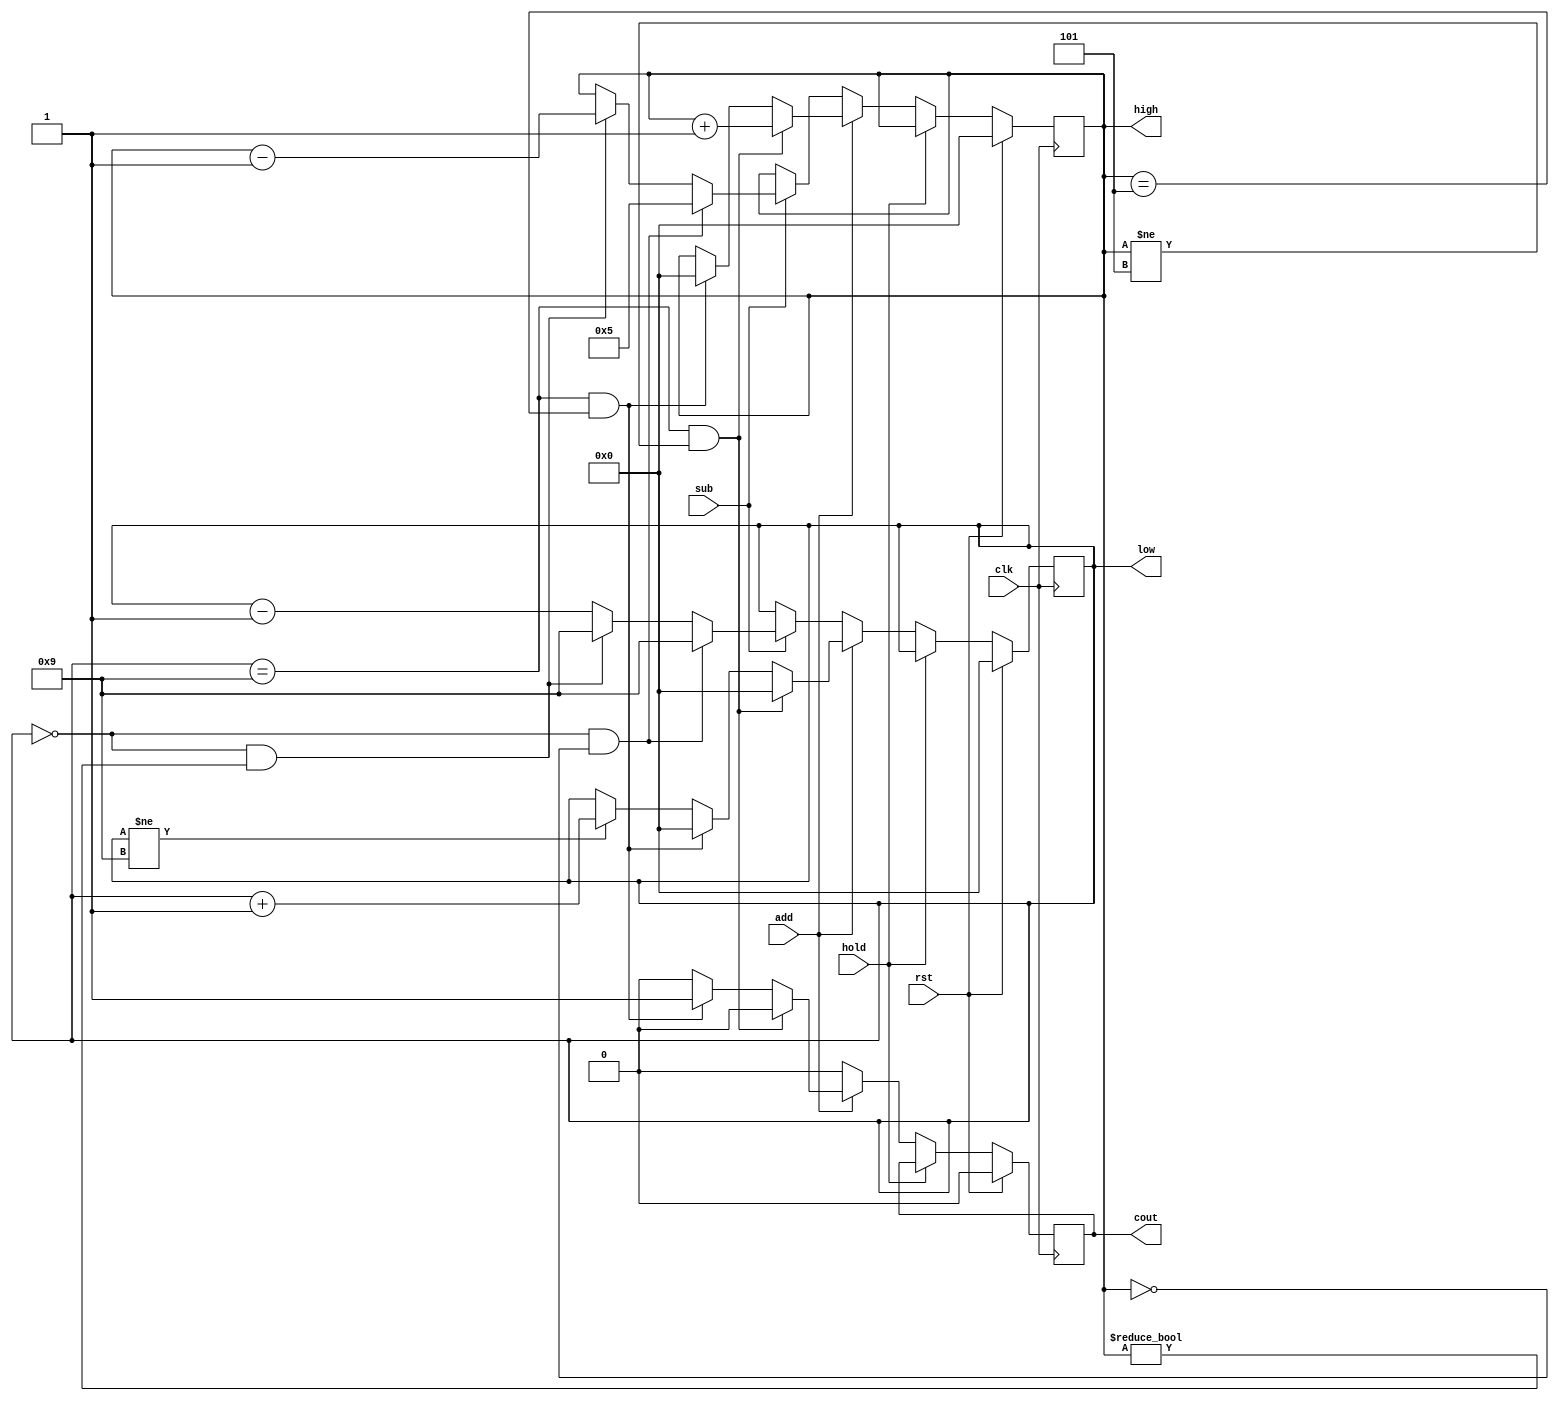
module register60_decimal(
    input clk,
    input add,
    input sub,
    input rst,
    input hold,
    output reg [3:0] low, high,
    output reg cout
);
    initial begin
        low = 0;
        high = 0;
        cout = 0;
    end

    always @(posedge clk) begin
        if (rst) begin
            high <= 0;
            low <= 0;
            cout <= 0;
        end else if (hold) begin
            high <= high;
            low <= low;
            cout <= cout;
        end else begin
        if (add) begin
            if (low == 4'd9 && high != 4'd5) begin
                high <= high + 1;
                low <= 0;
                cout <= 0;
            end else if (low == 4'd9 && high == 4'd5) begin
                high <= 0;
                low <= 0;
                cout <= 1;
            end else if (low != 4'd9) begin
                low <= low + 1;
                high <= high;
                cout <= 0;
            end else begin
                low <= low;
                high <= high;
                cout <= 0;
            end
        end else if (sub) begin
            if (low == 4'd0 && high == 4'd0) begin
                high <= 5;
                low <= 9;
            end else if (low == 4'd0 &&high != 4'd0) begin
                high <= high - 1;
                low <= 9;
            end else begin
                high <= high;
                low <= low - 1;
            end
            cout <= 0;
        end else begin
            high <= high;
            low <= low;
            cout <= 0;
        end
        end
    end

        
//    always @(posedge add) begin
//        if (low == 4'd9 && high == 4'd5 && !set) begin
//            cout <= 1;
//        end else begin
//            cout <= 0;
//        end
//        if (low == 4'd9) begin
//            low <= 0;
//            if (high == 4'd5) begin
//                high <= 0;
//            end else begin
//                high <= high + 1;
//            end
//        end else begin
//            if (add) low <= low + 1;
//            else low <= low;
//        end
//    end
    
//    always @(posedge sub) begin
//        if (!add) begin
//            if (low == 4'd0) begin
//                if (high == 4'd0)
//                    high <= 4'd5;
//                else
//                    high <= high - 1;
//                low <= 4'd9;
//            end else begin 
//                if (sub) low <= low - 1;
//                else low <= low;
//            end
//        end else begin 
//            low <= low;
//            high <= high;
//        end
//    end
endmodule